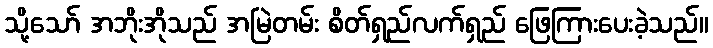
သို့သော် အဘိုးအိုသည် အမြဲတမ်း စိတ်ရှည်လက်ရှည် ဖြေကြားပေးခဲ့သည်။